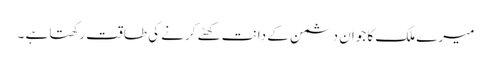
میرے ملک کا جوان دشمن کے دانت کھٹے کرنے کی طاقت رکھتا ہے ۔